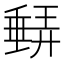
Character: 𱗼